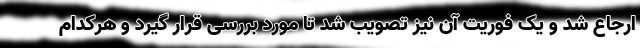
ارجاع شد و یک فوریت آن نیز تصویب شد تا مورد بررسی قرار گیرد و هرکدام